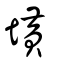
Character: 墴